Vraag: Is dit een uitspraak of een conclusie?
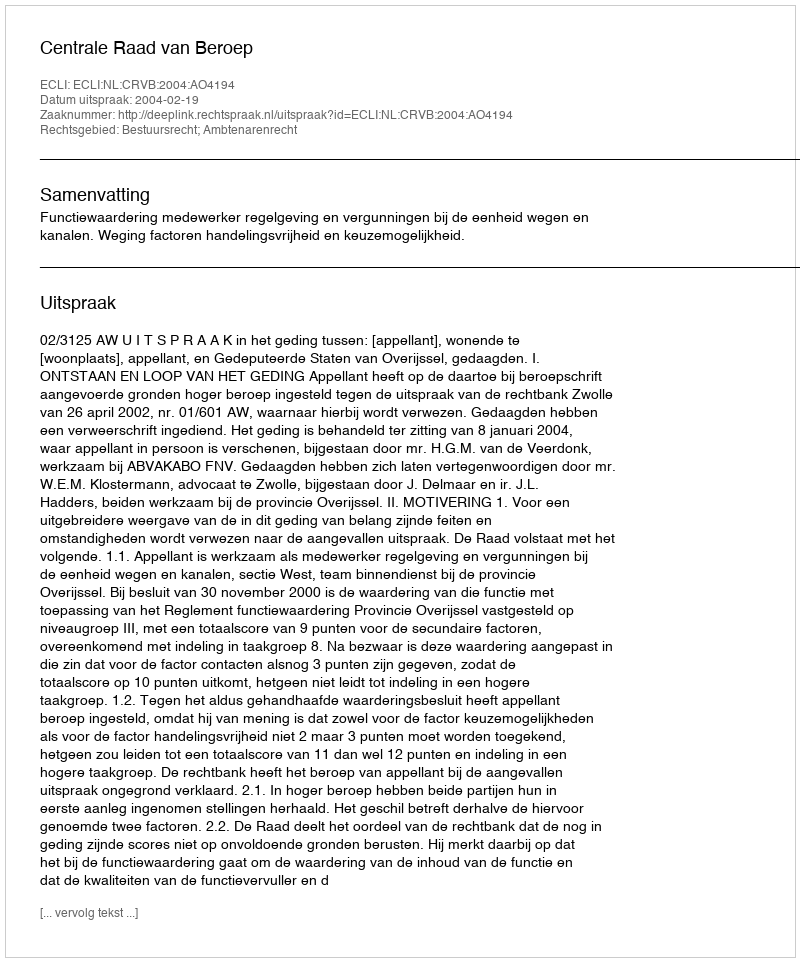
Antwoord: Uitspraak